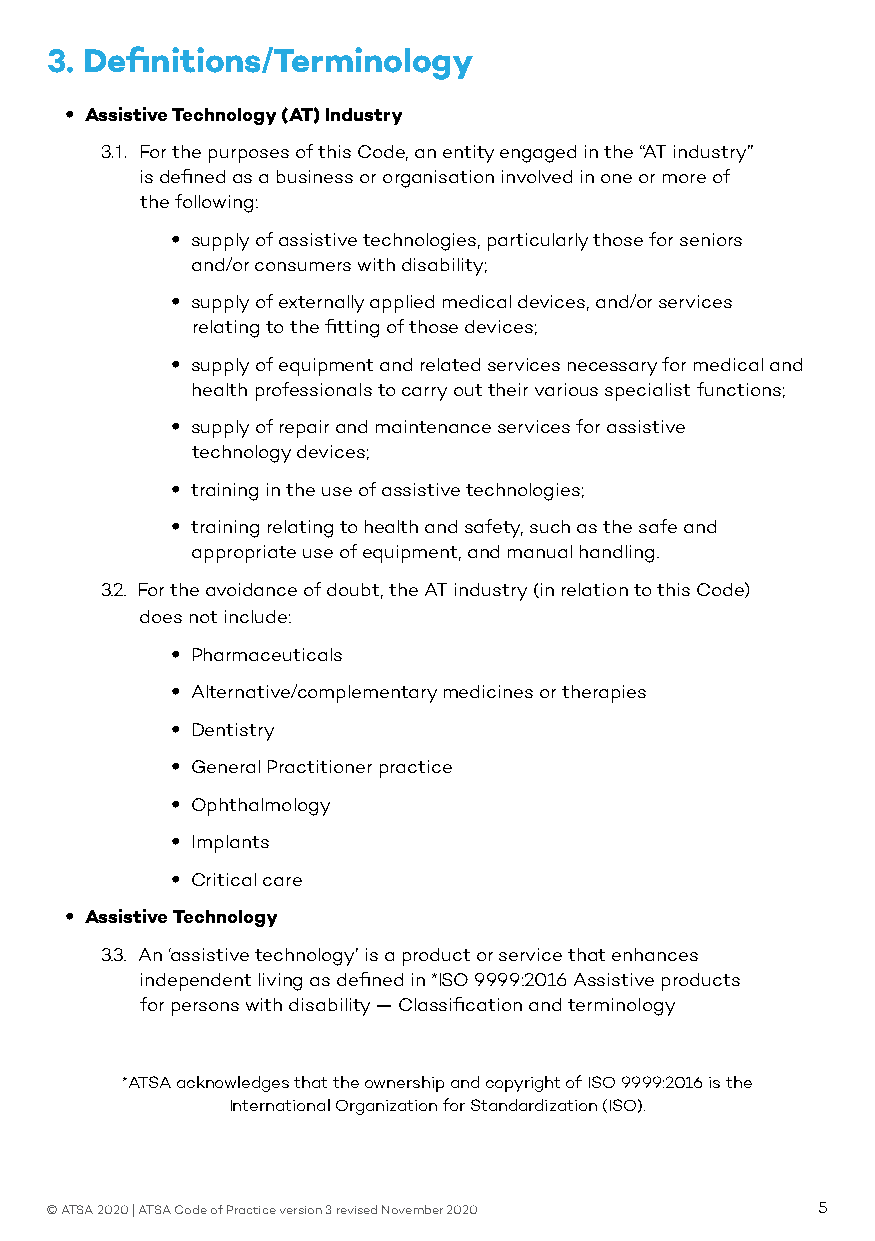
3. Definitions/Terminology
 • Assistive Technology (AT) Industry
 3.1. For the purposes of this Code, an entity engaged in the “AT industry”
 is defined as a business or organisation involved in one or more of
 the following:
 • supply of assistive technologies, particularly those for seniors
 and/or consumers with disability;
 • supply of externally applied medical devices, and/or services
 relating to the fitting of those devices;
 • supply of equipment and related services necessary for medical and
 health professionals to carry out their various specialist functions;
 • supply of repair and maintenance services for assistive
 technology devices;
 • training in the use of assistive technologies;
 • training relating to health and safety, such as the safe and
 appropriate use of equipment, and manual handling.
 3.2. For the avoidance of doubt, the AT industry (in relation to this Code)
 does not include:
 • Pharmaceuticals
 • Alternative/complementary medicines or therapies
 • Dentistry
 • General Practitioner practice
 • Ophthalmology
 • Implants
 • Critical care
 • Assistive Technology
 3.3. An ‘assistive technology’ is a product or service that enhances
 independent living as defined in *ISO 9999:2016 Assistive products
 for persons with disability — Classification and terminology
 *ATSA acknowledges that the ownership and copyright of ISO 9999:2016 is the
 International Organization for Standardization (ISO).
 © ATSA 2020 | ATSA Code of Practice version 3 revised November 2020 5